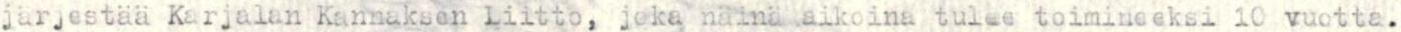
järjestää Karjalan Kannaksen liitto,  joka näinä aikoina tulee toimineeksi 10 vuotta.